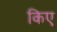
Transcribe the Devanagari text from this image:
किए